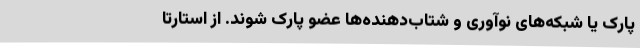
پارک یا شبکه‌های نوآوری و شتاب‌دهنده‌ها عضو پارک شوند. از استارتا